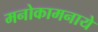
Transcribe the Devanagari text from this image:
मनोकामनाये